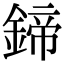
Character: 鍗